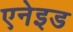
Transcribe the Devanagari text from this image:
एनेइड